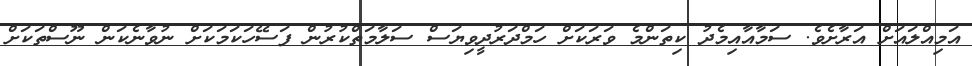
އަމިއްލައަށް އަރާށެވެ. ސަމާއާއިމެދު ކިތަންމެ ވަރަކަށް ހަމްދަރުދީވިޔަސް ސަލާމަތްކުރުން ފަސޭހަކަމަކަށް ނުވާނެކަން ނޫސްތަކަށް